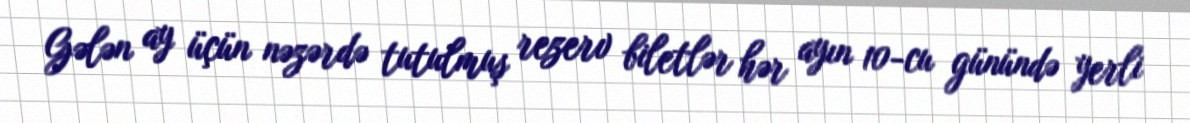
Gələn ay üçün nəzərdə tutulmuş rezerv biletlər hər ayın 10-cu günündə yerli